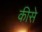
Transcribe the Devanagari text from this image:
कीसे